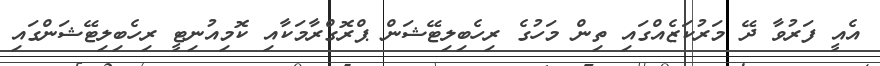
އެއީ ފަރުވާ ދޭ މަރުކަޒެއްގައި ތިން މަހުގެ ރިހެބިލިޓޭޝަން ޕްރޮގްރާމަކާއި ކޮމިއުނިޓީ ރިހެބިލިޓޭޝަންގައި